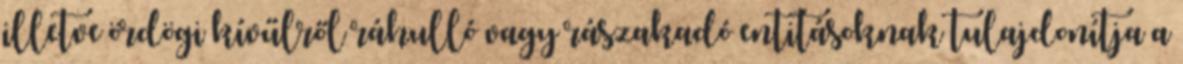
illetve ördögi kívűlről ráhulló vagy rászakadó entitásoknak tulajdonítja a